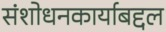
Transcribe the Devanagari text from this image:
संशोधनकार्याबद्दल